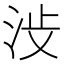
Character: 𪵺